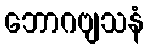
ဘောဂဗျသနံ